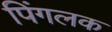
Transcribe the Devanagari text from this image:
पिंगलक